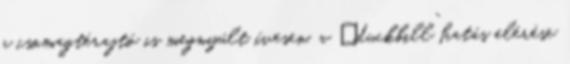
a csomagtérajtó is megnyúlt ívesen, a „duckbill” hatás elérése